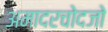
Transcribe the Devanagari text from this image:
अमादरचोदजो